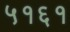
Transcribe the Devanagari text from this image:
५१६१